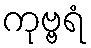
ကုဗ္ဗရံ